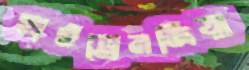
হাইড্রেনজিয়া